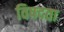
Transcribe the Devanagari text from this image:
विषदता